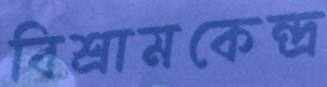
বিশ্রামকেন্দ্র